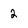
Character: 2